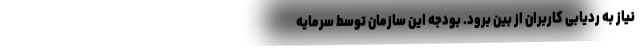
نیاز به ردیابی کاربران از بین برود. بودجه این سازمان توسط سرمایه‌